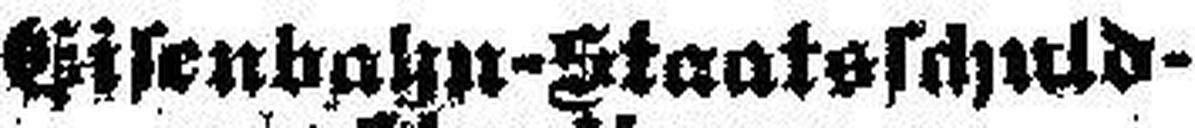
Eisenbahn-Staatsschuld¬